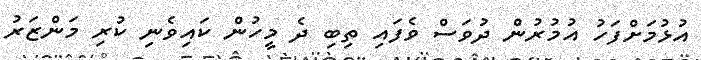
އުޅުމަށްފަހު އުމުރުން ދުވަސް ވެފައި ތިބި ދެ މީހުން ކައިވެނި ކުރި މަންޒަރު